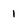
Character: 1